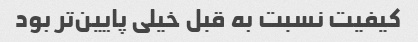
کیفیت نسبت به قبل خیلی پایین‌تر بود